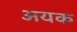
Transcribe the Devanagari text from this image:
अयक